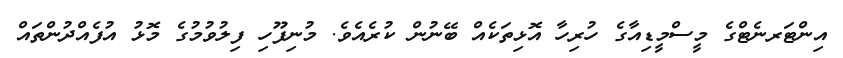
އިންޓަރނެޓްގެ މީސްމީޑިއާގެ ހުރިހާ އޮޅިތަކެއް ބޭނުން ކުރެއެވެ. މުނިފޫހި ފިލުވުމުގެ މޮޅު އުފެއްދުންތައް